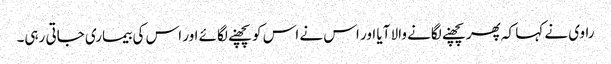
راوی نے کہا کہ پھر پچھنے لگانے والا آیا اور اس نے اس کو پچھنے لگائے اور اس کی بیماری جاتی رہی۔